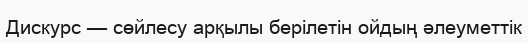
Дискурс — сөйлесу арқылы берілетін ойдың әлеуметтік